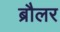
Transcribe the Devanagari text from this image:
ब्रौलर